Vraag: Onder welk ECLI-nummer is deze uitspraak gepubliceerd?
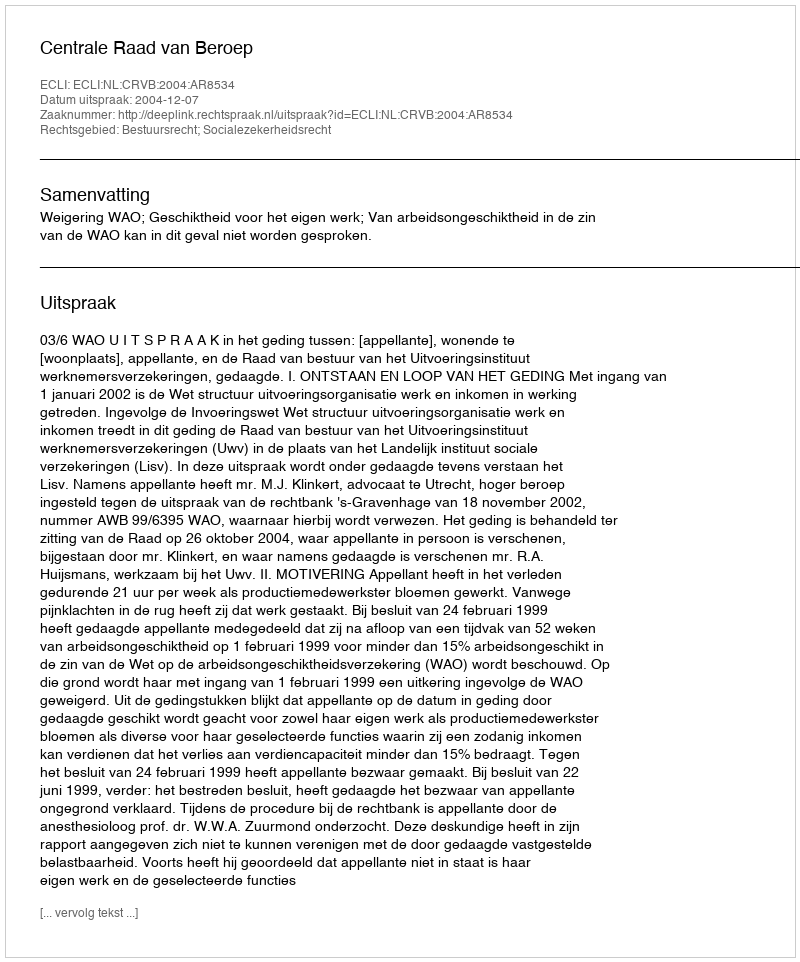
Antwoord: ECLI:NL:CRVB:2004:AR8534